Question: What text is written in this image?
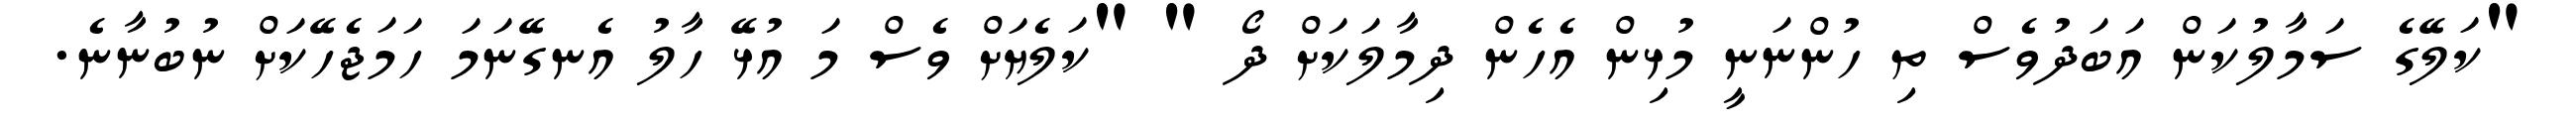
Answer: "ކަލޭގެ ސަމާލުކަން އަބަދުވެސް ތި ހުންނަނީ މުޅިން އެހެން ދިމާލަކަށް ދޯ " "ކަލެޔަށް ވެސް މަ އުޅޭ ހާލު އެނގޭނަމަ ހަމަޖެހޭކަށް ނުބުނާނެ.